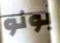
بونو